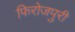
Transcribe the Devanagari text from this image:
फिरोजपुरी